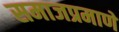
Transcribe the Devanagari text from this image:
समाजप्रमाणे